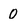
Character: 0